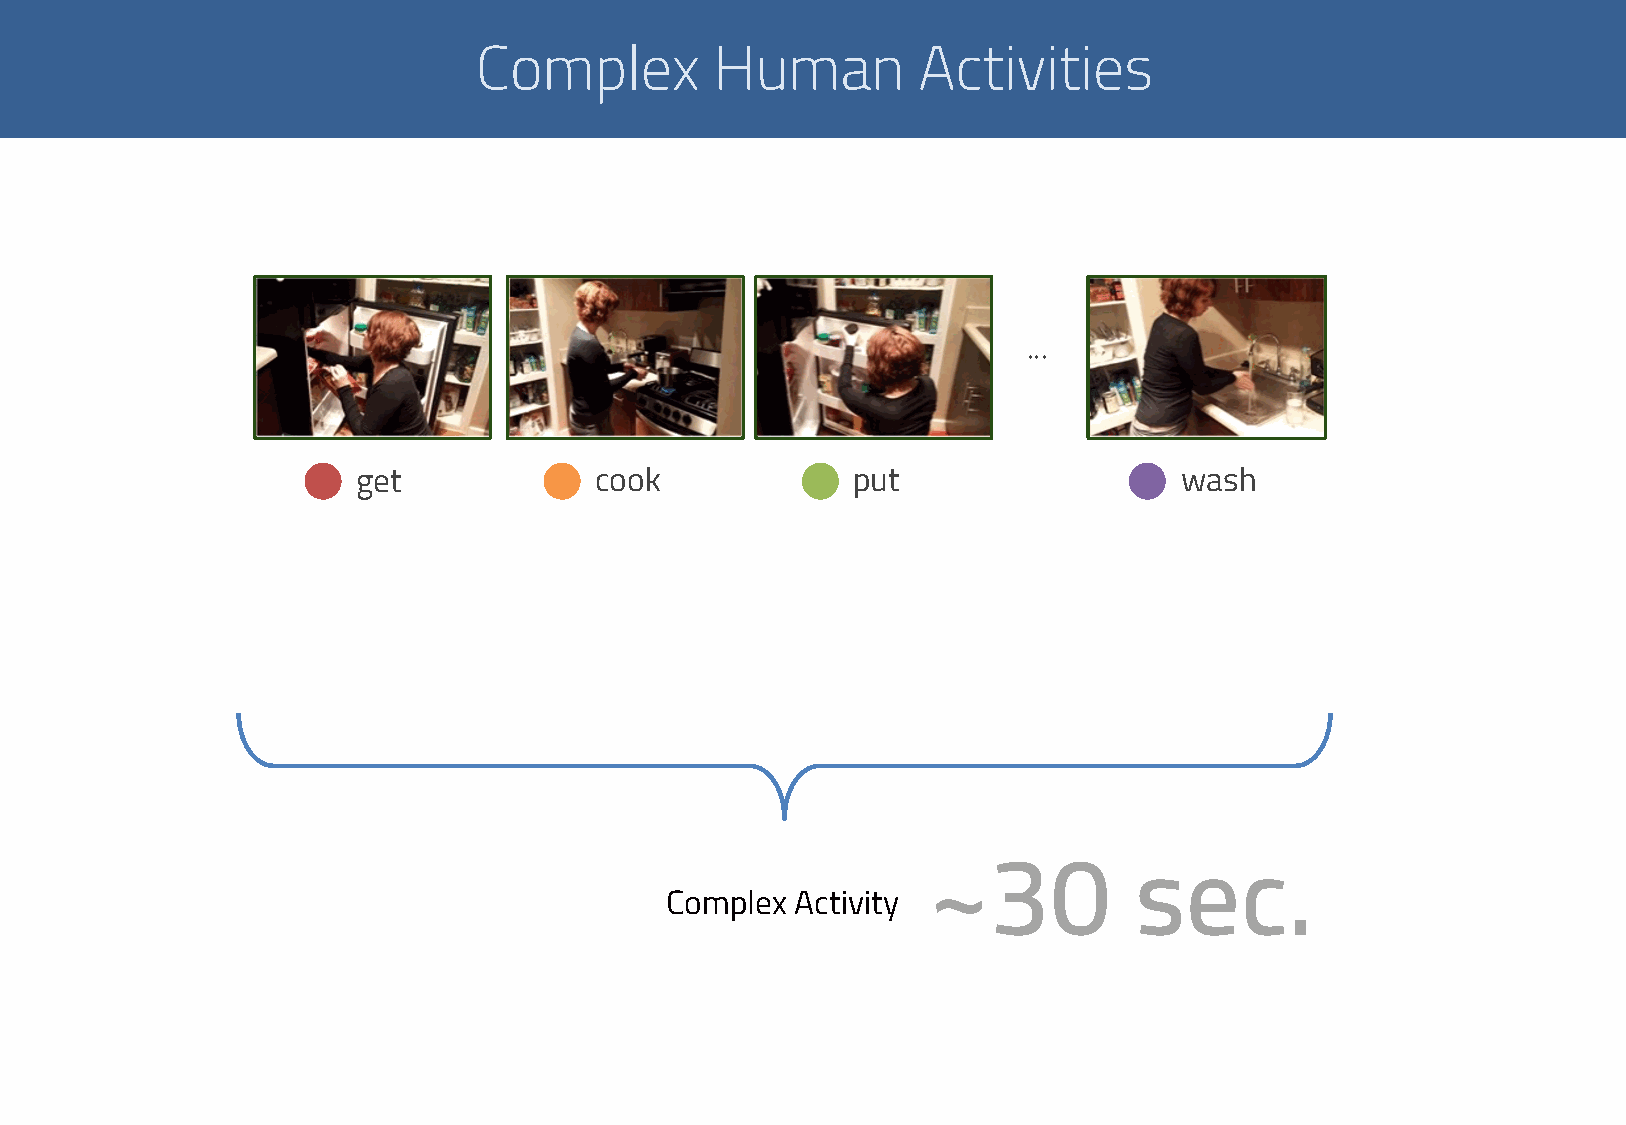
Complex         Human         Activities
 • • •
 get            cook             put                   wash
 ~30           sec.
 Complex  Activity